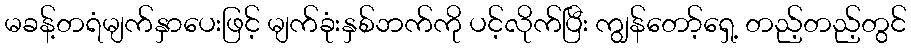
မခန့်တရံမျက်နှာပေးဖြင့် မျက်ခုံးနှစ်ဘက်ကို ပင့်လိုက်ပြီး ကျွန်တော့်ရှေ့ တည့်တည့်တွင်